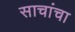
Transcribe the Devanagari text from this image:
साचांचा